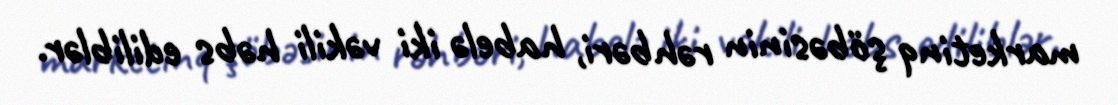
marketinq şöbəsinin rəhbəri, habelə iki vəkili həbs ediliblər.